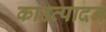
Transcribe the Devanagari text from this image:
काउत्पादन